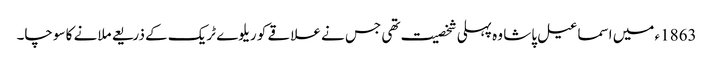
1863ء میں اسماعیل پاشا وہ پہلی شخصیت تھی جس نے علاقے کو ریلوے ٹریک کے ذریعے ملانے کا سوچا۔